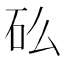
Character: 𬑼